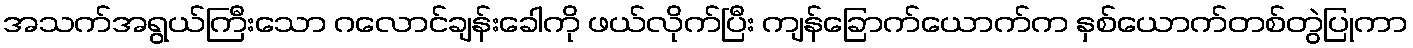
အသက်အရွယ်ကြီးသော ဂလောင်ချန်းခေါကို ဖယ်လိုက်ပြီး ကျန်ခြောက်ယောက်က နှစ်ယောက်တစ်တွဲပြုကာ